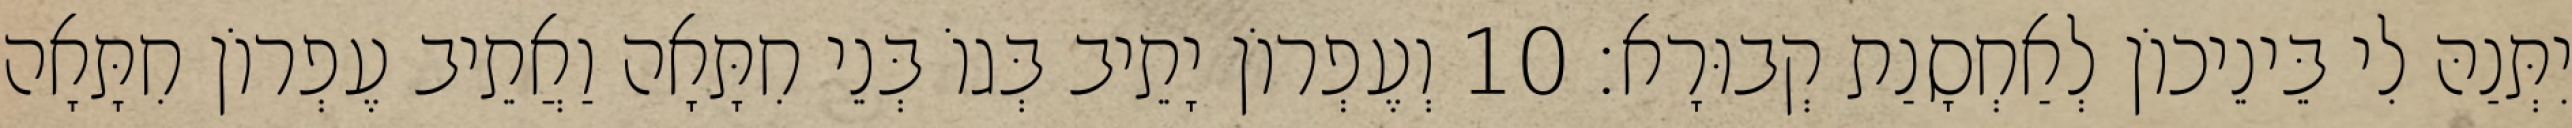
יִתְּנַהּ לִי בֵּינֵיכוֹן לְאַחְסָנַת קְבוּרָא׃ 10 וְעֶפְרוֹן יָתֵיב בְּגוֹ בְּנֵי חִתָּאָה וַאֲתֵיב עֶפְרוֹן חִתָּאָה